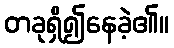
တခုရှိ၍နေခဲ့၏။